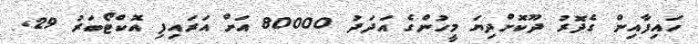
ހައިފާއިން ގެދޮރު ދޫކޮށްދިޔަ މީހުންގެ އަދަދު 80000 އަށް އަރައިފި އޮކްޓޯބަރު 29